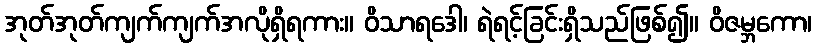
အုတ်အုတ်ကျက်ကျက်အလိုရှိရကား။ ဝိသာရဒေါ၊ ရဲရင့်ခြင်းရှိသည်ဖြစ်၍။ ဝိဇမ္ဘကော၊